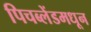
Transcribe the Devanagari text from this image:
पिचब्लेंडमधून